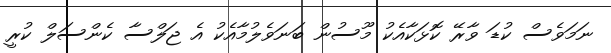
ނަމަވެސް ކުޑަ ވާރޭ ކޮޅަކާއެކު މޫސުން ބަނަވެލުމާއެކު އެ ޖަލްސާ ކެންސަލް ކުރީ